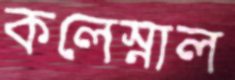
কলেস্নাল